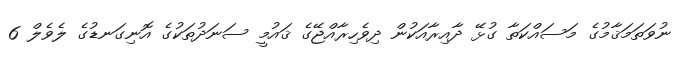
ނުވަތަމަޤާމުގެ މަސައްކަތާ ގުޅޭ ދާއިރާއަކުން ދިވެހިރާއްޖޭގެ ޤައުމީ ސަނަދުތަކުގެ އޮނިގަނޑުގެ ލެވެލް 6